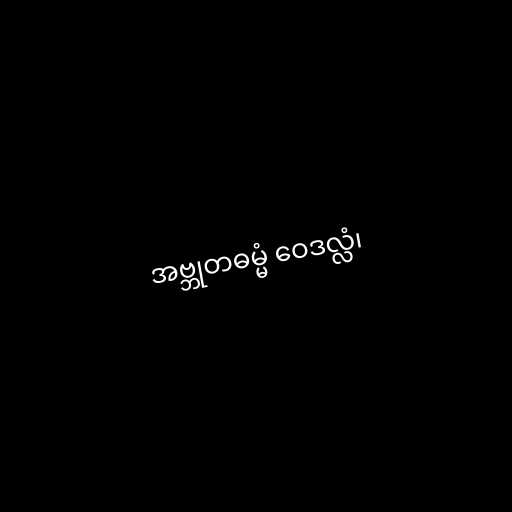
အဗ္ဘုတဓမ္မံ ဝေဒလ္လံ၊